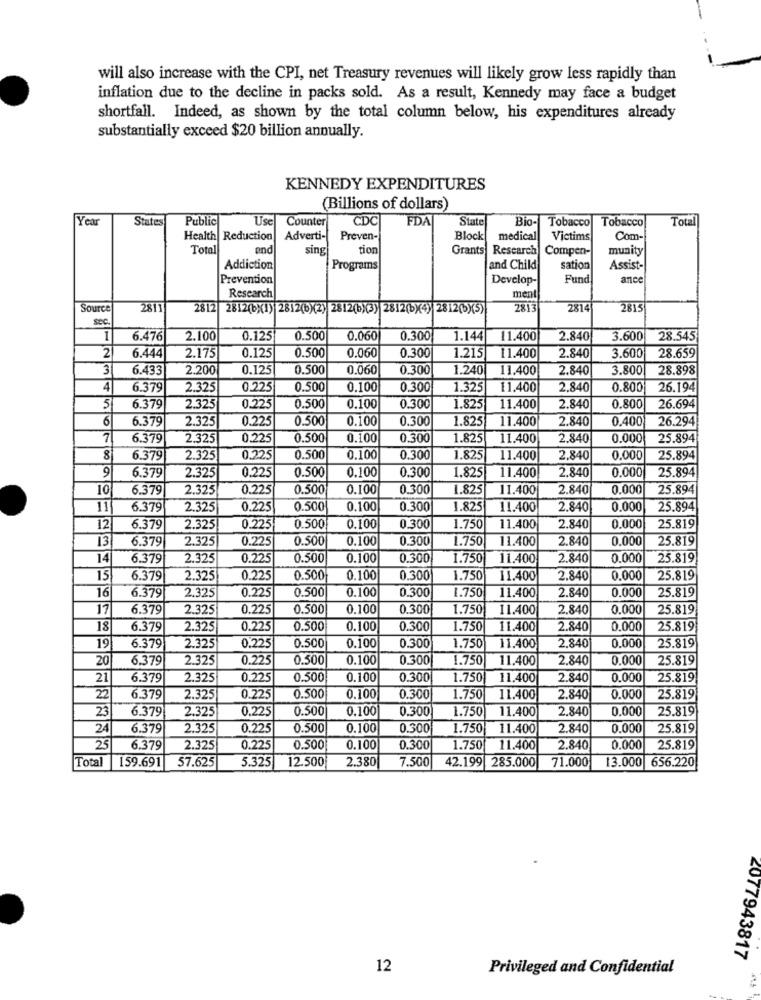
will also increase with the CPI, net Treasury revenues will likely grow less rapidly than
inflation due to the decline in packs sold. As a result, Kennedy may face a budget
shortfall. Indeed, as shown by the total column below, his expenditures already
substantially exceed $20 billion annually.
KENNEDY EXPENDITURES
(Billions of dollars)
Year
States
Public
Use
Counter
CDC
FDA
State
Bio- Tobacco
Tobacco
Total
Health Reduction
Adverti-
Preven-
Block
medical
Victims
Com-
Total
end
sing
tion
Grants Research
Compen-
munity
Addiction
Programs
and Child
sation
Assist-
Prevention
Develop-
Fund
ance
Research
ment
Source
2813
2812 2812(6)(1) 2812(6)(2) 2812(b)(3) 2812(b)(4)|2812(5X(5)
2813
2814
2815
sec
1
6.476
2.100
0.125
0.500
0.060
0.300
1.144
11.400
2.840
3.600
28.545
2
0.125
0.500
0.060
0.300
11.400
6.444
2.175
1.215
2.840
3.600
28.659
3
6.433
2.200
0.125
0.500
0.060
0.300
1.240
11.400
2.840
3.800
28.898
4
6.379
2.325
0.225
0.500
0.100
0.300
1.325
11.400
2.840
0.800
26.194
26.694
5
6.379
2.325
0.225
0.500
0.100
0.300
1.825
11.400
2.840
0.800
6
6.379
2.325
0.225
0.500
0.100
0.300
1.825
11.400
2.840
0.400
26.294
7
6.379
2.325
0.225
0.500
0.100
0.300
1.825
11.400
2.840
0.000
25.894
8
6.379
2.325
0.225
0.500
0,100
0.300
1.825
11.400
2,840
0.000
25.894
0,225
0.100
11.400
2.840
0.000
25.894
6.379
2.325
0.500
0.300
1.825
10
6.379
2.325
0.225
0.500
0.100
0.300
1.825
11.400
2.840
0.000
25.894
11
6.379
2.325
0.22
0.500
0.100
0.300
1.825
11.400
2.840
0.000
25.894
12
6.379
2.325
0.225
0.500
0,100
0.300
1.750
11.400
2.840
0,000
25.819
13
6.379
2.325
0.225
0.500
0.100
0.300
1.750
11.400
2.840
0.000
25.819
14
6.379
2.325
0.225
0.500
0.100
0.300
1.750
11.400
2.840
0.000
25.819
15
6.379
2.325
0.225
0.500
0,100
0.300
1.750
11.400
2.840
0.000
25.819
2.325
0.225
0.500
0.100
0.300
1.750
11.400
2.840
0.000
25.819
16
6.379
17
6.379
2.325
0.225
0.500
0.100
0.300
1.750
11.400
2.840
0,000
25.819
18
6.379
2.325
0.225
0.500
0.100
0.300
1.750
11.400
2.840
0,000
25.819
25.819
19
6.379
2.325
0.225
0.500
0.100
0.300
1.750
11.400
2.840
0.000
20
6.379
2.325
0.225
0.500
0.100
0.300
1.750
11.400
2.840
0.000
25.819
21
6.379
2.325
0.225
0.500
0.100
0.300
1.750
11.400
2.840
0,000
25.819
22
6.379
2.325
0.225
0.500
0.100
0.300
1.750
11.400
2.840
0.000
25.819
23
6.379
2.325
0.225
0.500
0.100
0.300
1.750
11.400
2.840
0,000
25.819
24
6.379
2.325
0.225
0.500
0.100
0.300
1.750
11.400
2.840
0,000
25.819
25
6.379
2.325
0.225
0.500
0.100
0.300
1.750
11.400
2.840
0.000
25.819
159.691
57.625
5.325
12.500
2.380
7.500
42.199 285.000
13.000 656.220
Total
71.000
2077943817
12
Privileged and Confidential